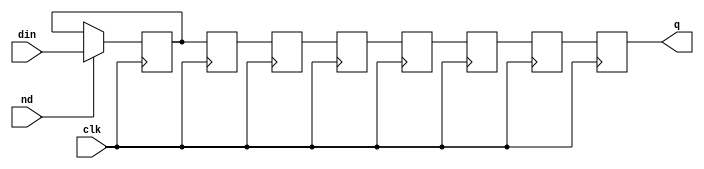
`timescale 1ns / 1ps
//////////////////////////////////////////////////////////////////////////////////
// Company: 
// Engineer: 
// 
// Design Name: 
// Module Name:    delay_line 
// Project Name: 
// Target Devices: 
// Tool versions: 
// Description: 
//
// Dependencies: 
//
// Revision: 
// Revision 0.01 - File Created
// Additional Comments: 
//
//////////////////////////////////////////////////////////////////////////////////
module delay_line #(
	parameter DATA_WIDTH = 8,
	parameter PIPELINE_DEPTH = 8
)(
	input	[0:0]				clk,
	input   [0:0]   			nd,
	input	[DATA_WIDTH-1:0]	din,
	output	[DATA_WIDTH-1:0]	q
    );

	reg		[DATA_WIDTH-1:0]	din_reg[PIPELINE_DEPTH-1:0];
	
	reg     [PIPELINE_DEPTH-1:0] j;
	
	initial begin
		for (j=0;j < PIPELINE_DEPTH; j=j+1)
			din_reg[j]=0;
	end
	
	assign  q = din_reg[PIPELINE_DEPTH-1];
	
	always @(posedge clk)
	begin
		if (nd==1'b1)
			din_reg[0] <= din;
		else
			din_reg[0] <= din_reg[0];
	end
	
	genvar i;
	generate
		for (i=1; i < PIPELINE_DEPTH; i=i+1) 
		begin: pipe
			always @(posedge clk)
			begin
				din_reg[i] <= din_reg[i-1];
			end
		end
    endgenerate
endmodule